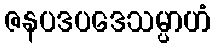
ဇနပဒပဒေသမ္ပာဟံ